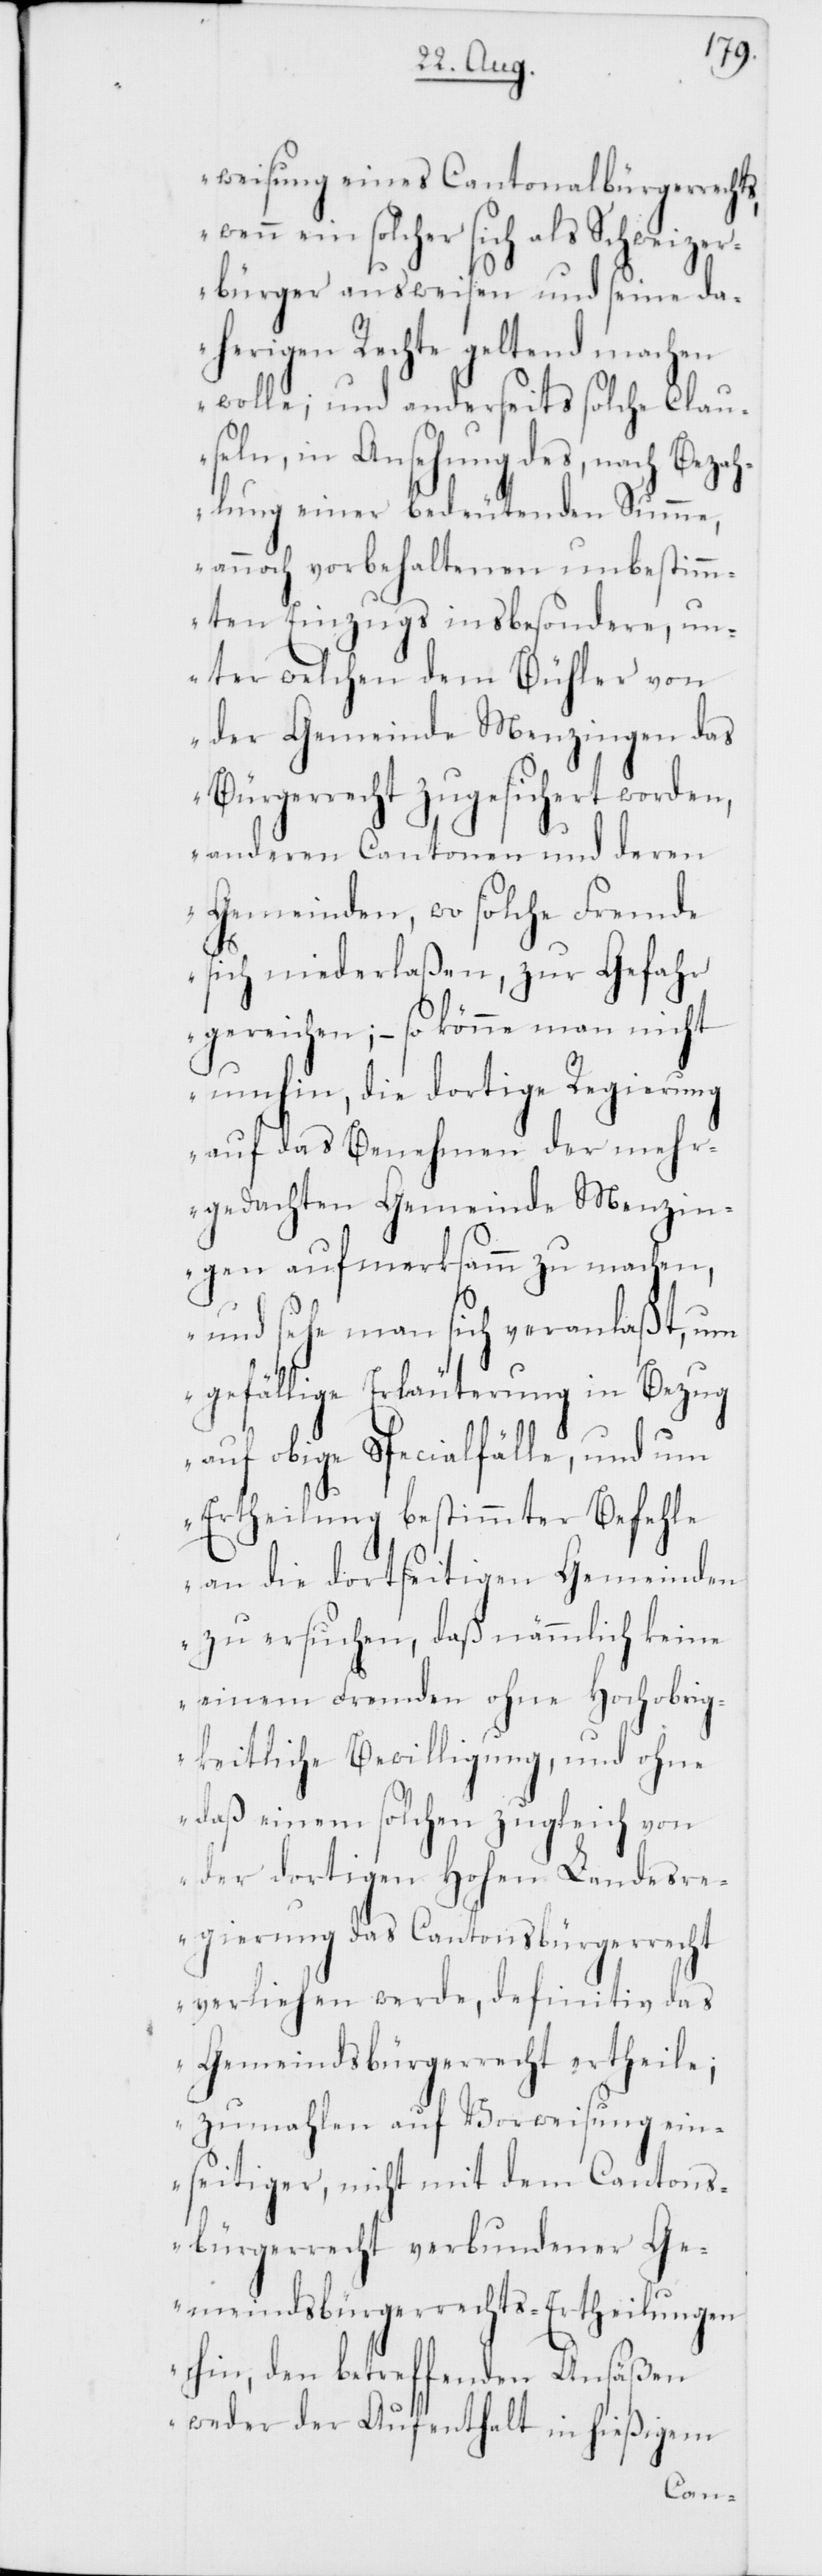
weisung eines Cantonalbürgerrechts,
ein solcher sich als Schweizer¬
bürger ausweisen und seine da¬
herigen Rechte geltend machen
wolle; und anderseits solche Clau¬
seln, in Ansehung des, nach Bezah¬
lung einer bedeutenden Summe,
annoch vorbehaltenen unbestimm¬
ten Einzugs insbesondere, un¬
ter welchen dem Bühler von
der Gemeinde Menzingen das
Bürgerrecht zugesicheret worden,
anderen Cantonen und deren
Gemeinden, wo solche Fremde
sich niederlaßen, zur Gefahr
gereichen; – so könne man nicht
umhin, die dortige Regierung
auf das Benehmen der mehr¬
gedachten Gemeinde Menzin¬
gen aufmerksamm zu machen,
und sehe man sich veranlaßt, um
gefällige Erläuterung in Bezug
auf obige Specialfälle, und um
Ertheilung bestimmter Befehle
an die dortseitigen Gemeinden
zu ersuchen, daß nämmlich keine
einem Fremden ohne Hochobrig¬
keitliche Bewilligung, und ohne
daß einem solchen zugleich von
der dortigen Hohen Land¬
esr¬
egierung das Cantonsbürgerrecht
verliehen werde, definitiv das
Gemeindsbürgerrecht ertheile;
zumahlen auf Vorweisung ein¬
seitiger, nicht mit dem Cantons¬
bürgerrecht verbundener Ge¬
meindsbürgerrecht-Ertheilungen
hin, den betreffenden Ansäßen
weder der Aufenthalt in hießigem